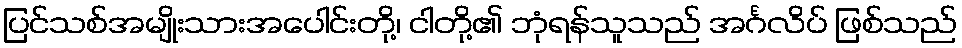
ပြင်သစ်အမျိုးသားအပေါင်းတို့၊ ငါတို့၏ ဘုံရန်သူသည် အင်္ဂလိပ် ဖြစ်သည်